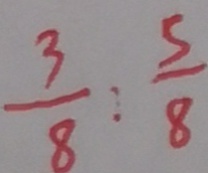
\frac { 3 } { 8 } : \frac { 5 } { 8 }